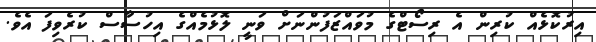
އިރުކޮޅެއް ކުރިން އެ ރިސޯޓްގެ މުވައްޒަފުންނަށް ވަނީ ލޮޅުމެއްގެ އިހުސާސް ކުރެވިފަ އެވެ.